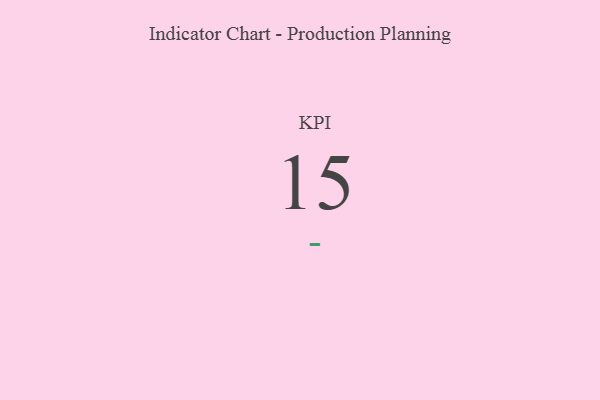
{"axis": {"x": "KPI", "y": "Value"}, "legend": [""], "data": [{"x": "KPI", "y": 15, "type": ""}]}